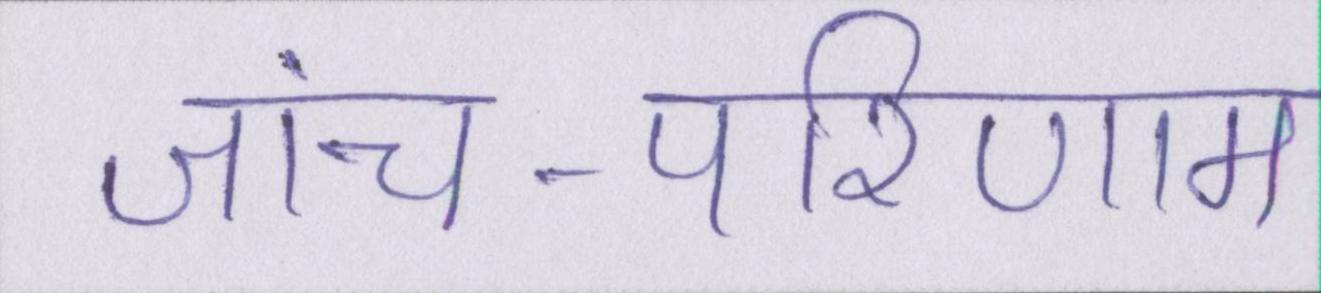
जांच-परिणाम